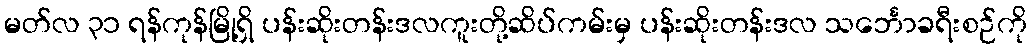
မတ်လ ၃၁ ရန်ကုန်မြို့ရှိ ပန်းဆိုးတန်းဒလကူးတို့ဆိပ်ကမ်းမှ ပန်းဆိုးတန်းဒလ သင်္ဘောခရီးစဉ်ကို